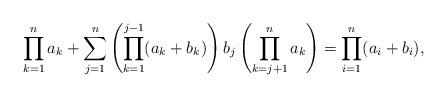
LaTeX: \begin{align*} \prod_{k=1}^n a_k + \sum_{j=1}^n\left(\prod_{k=1}^{j-1} (a_k + b_k)\right) b_j \left(\prod_{k=j+1}^n a_k\right) = \prod_{i=1}^n (a_i + b_i),\end{align*}